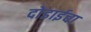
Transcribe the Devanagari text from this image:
दोडाईचा